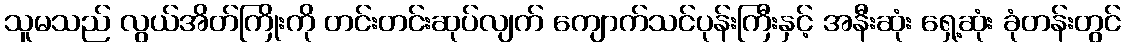
သူမသည် လွယ်အိတ်ကြိုးကို တင်းတင်းဆုပ်လျက် ကျောက်သင်ပုန်းကြီးနှင့် အနီးဆုံး ရှေ့ဆုံး ခုံတန်းတွင်